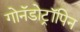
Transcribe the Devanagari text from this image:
गोनॅडोट्रॉपिन